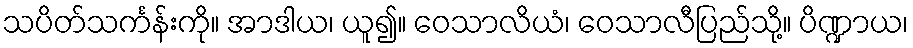
သပိတ်သင်္ကန်းကို။ အာဒါယ၊ ယူ၍။ ဝေသာလိယံ၊ ဝေသာလီပြည်သို့။ ပိဏ္ဍာယ၊